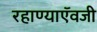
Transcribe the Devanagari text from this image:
रहाण्याऍवजी